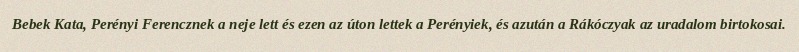
Bebek Kata, Perényi Ferencznek a neje lett és ezen az úton lettek a Perényiek, és azután a Rákóczyak az uradalom birtokosai.